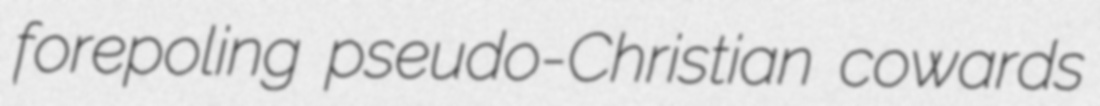
forepoling pseudo-Christian cowards